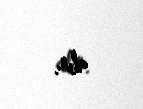
alır.